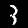
Label: 3